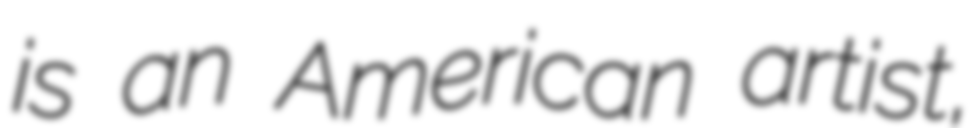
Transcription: is an American artist,